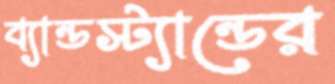
ব্যান্ডস্ট্যান্ডের